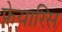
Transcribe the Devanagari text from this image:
फ्रेयारिस